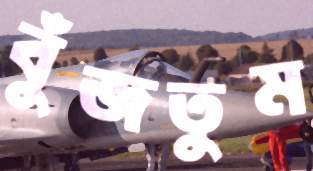
বুঁজতুম